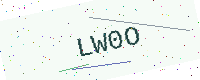
Text: LW0O